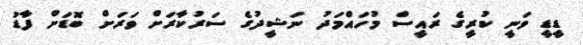
ޑީޑީ ވަނީ ކުރީގެ ރައީސް މުހައްމަދު ނަޝީދުގެ ސަރުކާރަށް ވަރަށް ބޮޑަށް ފާޑު